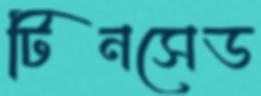
টিনসেড